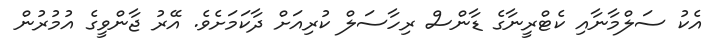
އެކު ސަލްމާނާއި ކެޓްރީނާގެ ޑާންސް ރިހާސަލް ކުރިއަށް ދާކަމަށެވެ. އޭރު ޖާންވީގެ އުމުރުން